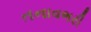
તનાવભરી